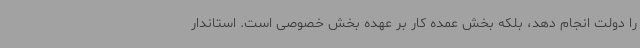
را دولت انجام دهد، بلکه بخش عمده کار بر عهده بخش خصوصی است. استاندار